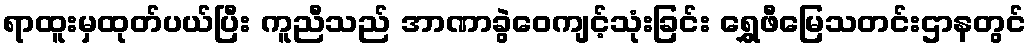
ရာထူးမှထုတ်ပယ်ပြီး ကူညီသည် အာဏာခွဲဝေကျင့်သုံးခြင်း ရွှေဖီမြေသတင်းဌာနတွင်